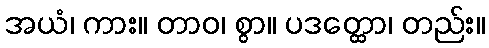
အယံ၊ ကား။ တာဝ၊ စွာ။ ပဒတ္ထော၊ တည်း။